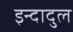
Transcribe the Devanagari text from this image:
इन्दादुल